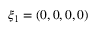
\xi _ { 1 } = ( 0 , 0 , 0 , 0 )